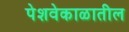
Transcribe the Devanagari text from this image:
पेशवेकाळातील